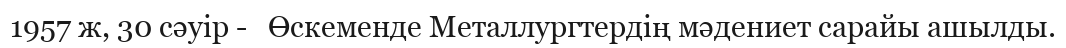
1957 ж, 30 сәуір -   Өскеменде Металлургтердің мәдениет сарайы ашылды.